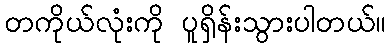
တကိုယ်လုံးကို ပူရှိန်းသွားပါတယ်။